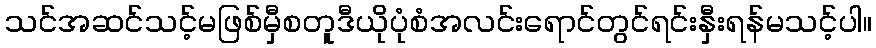
သင်အဆင်သင့်မဖြစ်မှီစတူဒီယိုပုံစံအလင်းရောင်တွင်ရင်းနှီးရန်မသင့်ပါ။